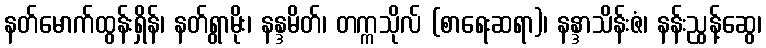
နတ်မောက်ထွန်းရှိန်၊ နတ်ရွာမိုး၊ နန္ဒမိတ်၊ တက္ကသိုလ် (စာရေးဆရာ)၊ နန္ဒာသိန်းဇံ၊ နန်းညွန့်ဆွေ၊